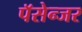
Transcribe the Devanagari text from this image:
पॅसेन्जर